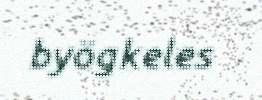
byögkeles